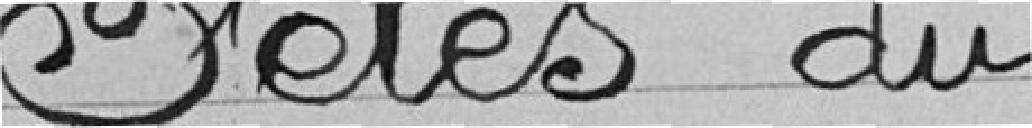
Fêtes du